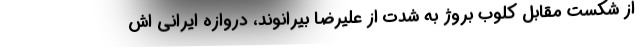
از شکست مقابل کلوب بروژ به شدت از علیرضا بیرانوند، دروازه ایرانی اش